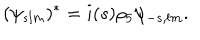
( \psi _ { s l m } ) ^ { * } = i ( s ) \rho _ { 5 } \psi _ { - s , l m } .